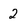
Character: 2